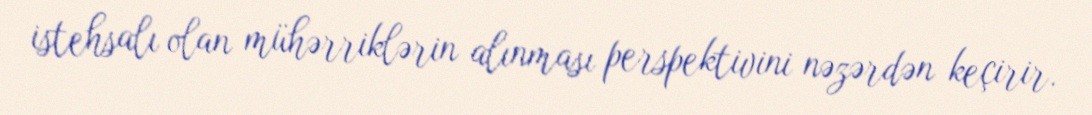
istehsalı olan mühərriklərin alınması perspektivini nəzərdən keçirir.